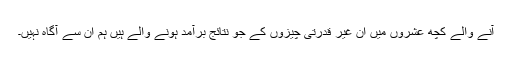
آنے والے کچھ عشروں میں ان غیر قدرتی چیزوں کے جو نتائج برآمد ہونے والے ہیں ہم ان سے آگاہ نہیں۔